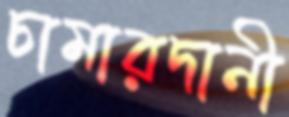
চামারদানী